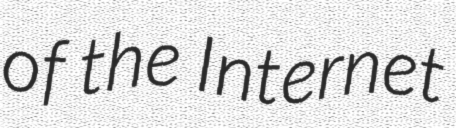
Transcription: of the Internet